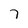
Character: 7